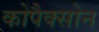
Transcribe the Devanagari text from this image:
कोपैक्सोन